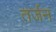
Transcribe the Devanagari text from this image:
तर्जन